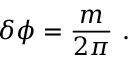
\delta \phi = { \frac { m } { 2 \pi } } \ .